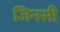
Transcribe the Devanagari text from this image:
जिनसी